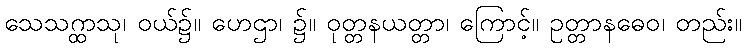
သေသဂ္ထာသု၊ ဝယ်၌။ ဟေဌာ၊ ၌။ ဝုတ္တနယတ္တာ၊ ကြောင့်။ ဥတ္တာနဓေဝ၊ တည်း။